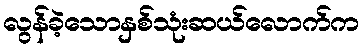
လွန်ခဲ့သောနှစ်သုံးဆယ်လောက်က